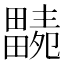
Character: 𤳭